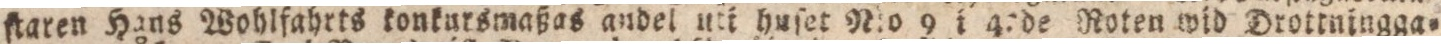
ſtaren Hans Wohlfahrts konkursmaßas andel uti huſet N:o 9 i 4:de Roten wid Drottningga-